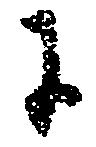
に